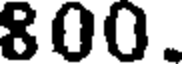
800.